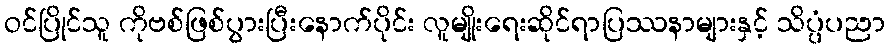
ဝင်ပြိုင်သူ ကိုဗစ်ဖြစ်ပွားပြီးနောက်ပိုင်း လူမျိုးရေးဆိုင်ရာပြဿနာများနှင့် သိပ္ပံပညာ